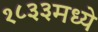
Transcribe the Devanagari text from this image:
१८३३मध्ये